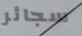
سجائر